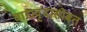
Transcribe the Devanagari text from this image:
वाद्यवृंदासोबत